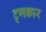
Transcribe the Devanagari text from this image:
ट्णकार